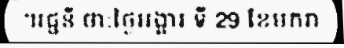
។រជ្ជនី ថា:ថ្ងៃអង្គារ ទី 29 ខែមករា